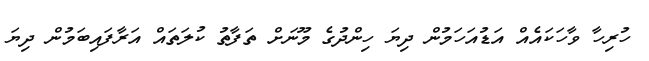
ހުރިހާ ވާހަކައެއް އަޑުއަހަމުން ދިޔަ ހިންދުގެ މޫނަށް ތަފާތު ކުލަތައް އަރާފައިބަމުން ދިޔަ